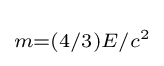
\scriptstyle {m=(4/3)E/c^{2}}